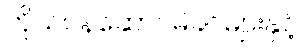
ကိုယ်ဝန်ဆောင်မိခင်များနှင့်